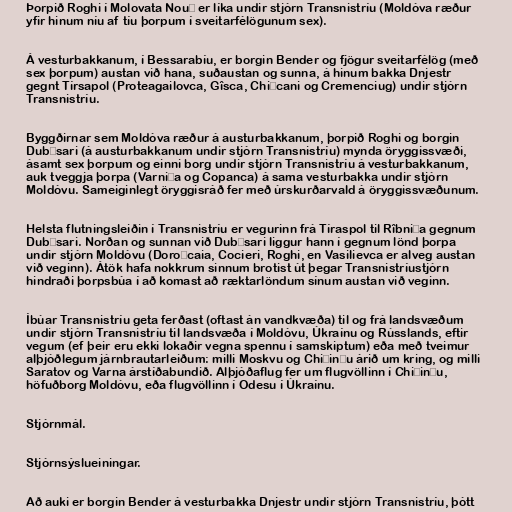
Þorpið Roghi í Molovata Nouă er líka undir stjórn Transnistríu (Moldóva ræður
yfir hinum níu af tíu þorpum í sveitarfélögunum sex).

Á vesturbakkanum, í Bessarabíu, er borgin Bender og fjögur sveitarfélög (með
sex þorpum) austan við hana, suðaustan og sunna, á hinum bakka Dnjestr
gegnt Tírsapol (Proteagailovca, Gîsca, Chițcani og Cremenciug) undir stjórn
Transnistríu.

Byggðirnar sem Moldóva ræður á austurbakkanum, þorpið Roghi og borgin
Dubăsari (á austurbakkanum undir stjórn Transnistríu) mynda öryggissvæði,
ásamt sex þorpum og einni borg undir stjórn Transnistríu á vesturbakkanum,
auk tveggja þorpa (Varnița og Copanca) á sama vesturbakka undir stjórn
Moldóvu. Sameiginlegt öryggisráð fer með úrskurðarvald á öryggissvæðunum.

Helsta flutningsleiðin í Transnistríu er vegurinn frá Tíraspol til Rîbnița gegnum
Dubăsari. Norðan og sunnan við Dubăsari liggur hann í gegnum lönd þorpa
undir stjórn Moldóvu (Doroțcaia, Cocieri, Roghi, en Vasilievca er alveg austan
við veginn). Átök hafa nokkrum sinnum brotist út þegar Transnistríustjórn
hindraði þorpsbúa í að komast að ræktarlöndum sínum austan við veginn.

Íbúar Transnistríu geta ferðast (oftast án vandkvæða) til og frá landsvæðum
undir stjórn Transnistríu til landsvæða í Moldóvu, Úkraínu og Rússlands, eftir
vegum (ef þeir eru ekki lokaðir vegna spennu í samskiptum) eða með tveimur
alþjóðlegum járnbrautarleiðum: milli Moskvu og Chișinău árið um kring, og milli
Saratov og Varna árstíðabundið. Alþjóðaflug fer um flugvöllinn í Chișinău,
höfuðborg Moldóvu, eða flugvöllinn í Odesu í Úkraínu.

Stjórnmál.

Stjórnsýslueiningar.

Að auki er borgin Bender á vesturbakka Dnjestr undir stjórn Transnistríu, þótt